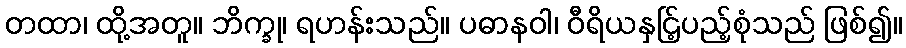
တထာ၊ ထို့အတူ။ ဘိက္ခု၊ ရဟန်းသည်။ ပဓာနဝါ၊ ဝီရိယနှင်ြ့ပည့်စုံသည် ဖြစ်၍။